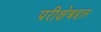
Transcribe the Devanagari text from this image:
परीक्षेबद्दल